Medical and sanitary report of the native army of Bengal for the year
Year: 1876
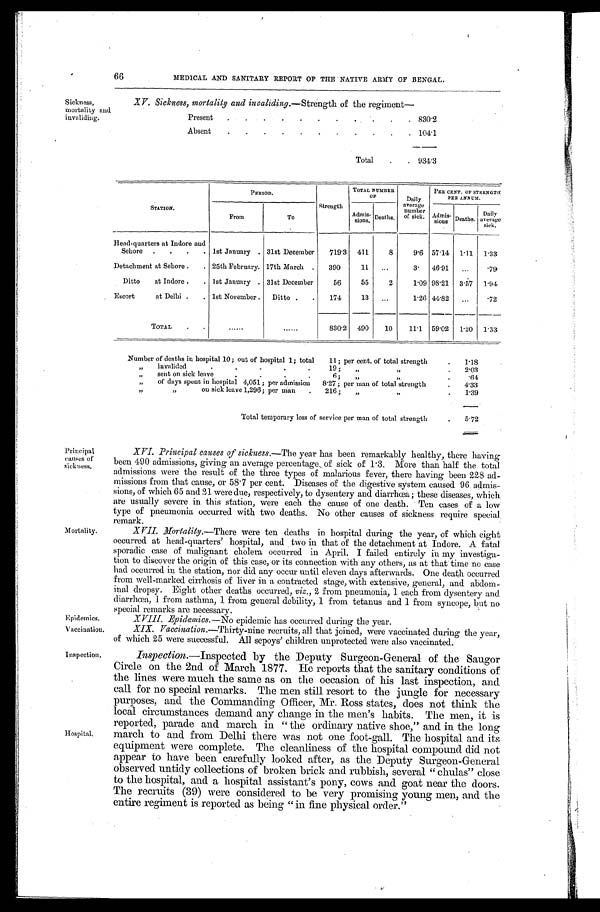
Epidemics.
Vaccination.
Inspection.
66
MEDICAL AND SANITARY REPORT OF THE NATIVE ARMY OF BENGAL.
Sickness,
mortality and
invaliding.
XV. Sickness, mortality and invaliding. —Strength of the regiment—
Present
.
.
. 830.2
Absent
.
.
. 104.1
Total . . . 934.3
STATION.
PERIOD.
Strength
TOTAL NUMBER
OF
Daily
number number
of sick.
PER CENT OF STRENGTH
P E R A N N U M .
From
To
Admis-sions. Deaths.
Admis- sions Deaths.
Daily
average
sick.
Head-quarters at Indore and
Sehore . . . 1st January . . . 31st December
719.3
411
8
9.6 57.14 1.11 1.33
Detachment at Sehore . . . 25th February . . . 17th March . . .
390
11
. . .
3.
46.91
. . .
.79
Ditto at Indore . . . 1st January . . . 31st December
56
55
2
1.09 98.21 3.57 1.94
Escort at Delhi . . . 1st November . . . Ditto . . .
174
13
. . .
1.26 44.82
. . . .72
TOTAL . . .
. . .
. . . 830.2 490
10
11.1 59.02
1.20 1.33
Number of deaths in hospital 10; out of hospital 1; total
11; per cent. of total strength . . .
1.18
"
invalided . . . 19 ; " " . . .
2.03
" s e n t o n s i c k l e a v e . . . 6 ; " " . . .
.64
" of days spent in hospital 4,051; per admission 8.27; per man of total strength . . .
4.33
" "
on sick leave 1,296; per man . . . 216; " " . . .
1.39
Total temporary loss of service per man of total strength . . .
5.72
Principal
causes of
sickness.
Mortality.
Hospital.
XVI. Principal causes of sickness. —The year has been remarkably healthy, there having
been 490 admissions, giving an average percentage of sick of 1.3. More than half the total
admissions were the result of the three types of malarious fever, there having been 228 ad
-
missions from that cause, or 58.7 per cent. Diseases of the digestive system caused 96 admis
-
sions, of which 65 and 21 were due, respectively, to dysentery and diarrhœa ; these diseases, which
are usually severe in this station, were each the cause of one death. Ten cases of a low
type of pneumonia occurred with two deaths. No other causes of sickness require special
remark.
XVII. Mortality. —There were ten deaths in hospital during the year, of which eight
occurred at head-quarters' hospital, and two in that of the detachment at Indore. A fatal
sporadic case of malignant cholera occurred in April. I failed entirely in my investiga
-
tion to discover the origin of this case, or its connection with any others, as at that time no case
had occurred in the station, nor did any occur until eleven days afterwards. One death occurred
from well-marked cirrhosis of liver in a contracted stage, with extensive, general, and abdom
-
inal dropsy. Eight other deaths occurred, viz., 2 from pneumonia, 1 each from dysentery and
diarrhœa, 1 from asthma, 1 from general debility, 1 from tetanus and 1 from syncope, but no
special remarks are necessary.
XVIII. Epidemics.—No epidemic has occurred during the year.
XIX. Vaccination. —Thirty-nine recruits, all that joined, were vaccinated during the year,
of which 25 were successful. All sepoys' children unprotected were also vaccinated.
Inspection.—Inspected by the Deputy Surgeon-General of the Saugor
Circle on the 2nd of March 1877. He reports that the sanitary conditions of
the lines were much the same as on the occasion of his last inspection, and
call for no special remarks. The men still resort to the jungle for necessary
purposes, and the Commanding Officer, Mr. Ross states, does not think the
local circumstances demand any change in the men's habits. The men, it is
reported, parade and march in "the ordinary native shoe," and in the long
march to and from Delhi there was not one foot-gall. The hospital and its
equipment were complete. The cleanliness of the hospital compound did not
appear to have been carefully looked after, as the Deputy Surgeon-General
observed untidy collections of broken brick and rubbish, several "chulas" close
to the hospital, and a hospital assistant's pony, cows and goat near the doors.
The recruits (39) were considered to be very promising young men, and the
entire regiment is reported as being "in fine physical order."